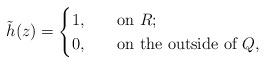
LaTeX: \begin{align*}\tilde{h}(z)=\begin{cases} 1,&\quad\mbox{on $R$;}\\0,&\quad\mbox{on the outside of $Q$}, \end{cases}\end{align*}